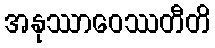
အနုဿာဝေဿတီတိ